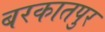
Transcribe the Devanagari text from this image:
बरकातपुर